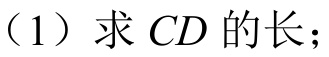
（1）求 \(CD\) 的长；